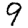
Digit: 9